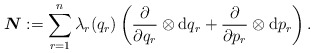
\begin{align*} \boldsymbol{N}:=\sum_{r=1}^n \lambda_r(q_r)\left( \frac{\partial}{\partial q_r}\otimes \mathrm{d} q_r+ \frac{\partial}{\partial p_r}\otimes \mathrm{d} p_r\right) . \end{align*}